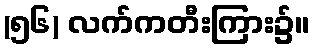
(၅၆) လက်ကတီးကြား၌။